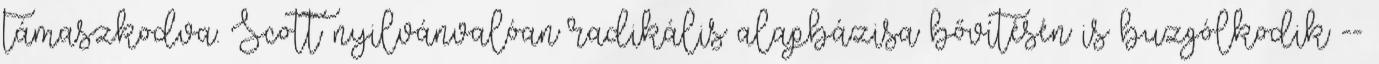
támaszkodva. Scott nyilvánvalóan radikális alapbázisa bővítésén is buzgólkodik --